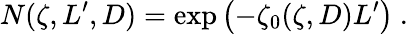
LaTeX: N(\zeta,L^{\prime},D)=\exp\left(-\zeta_{0}(\zeta,D)L^{\prime}\right)\ .